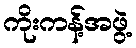
ကိုးကန့်အဖွဲ့